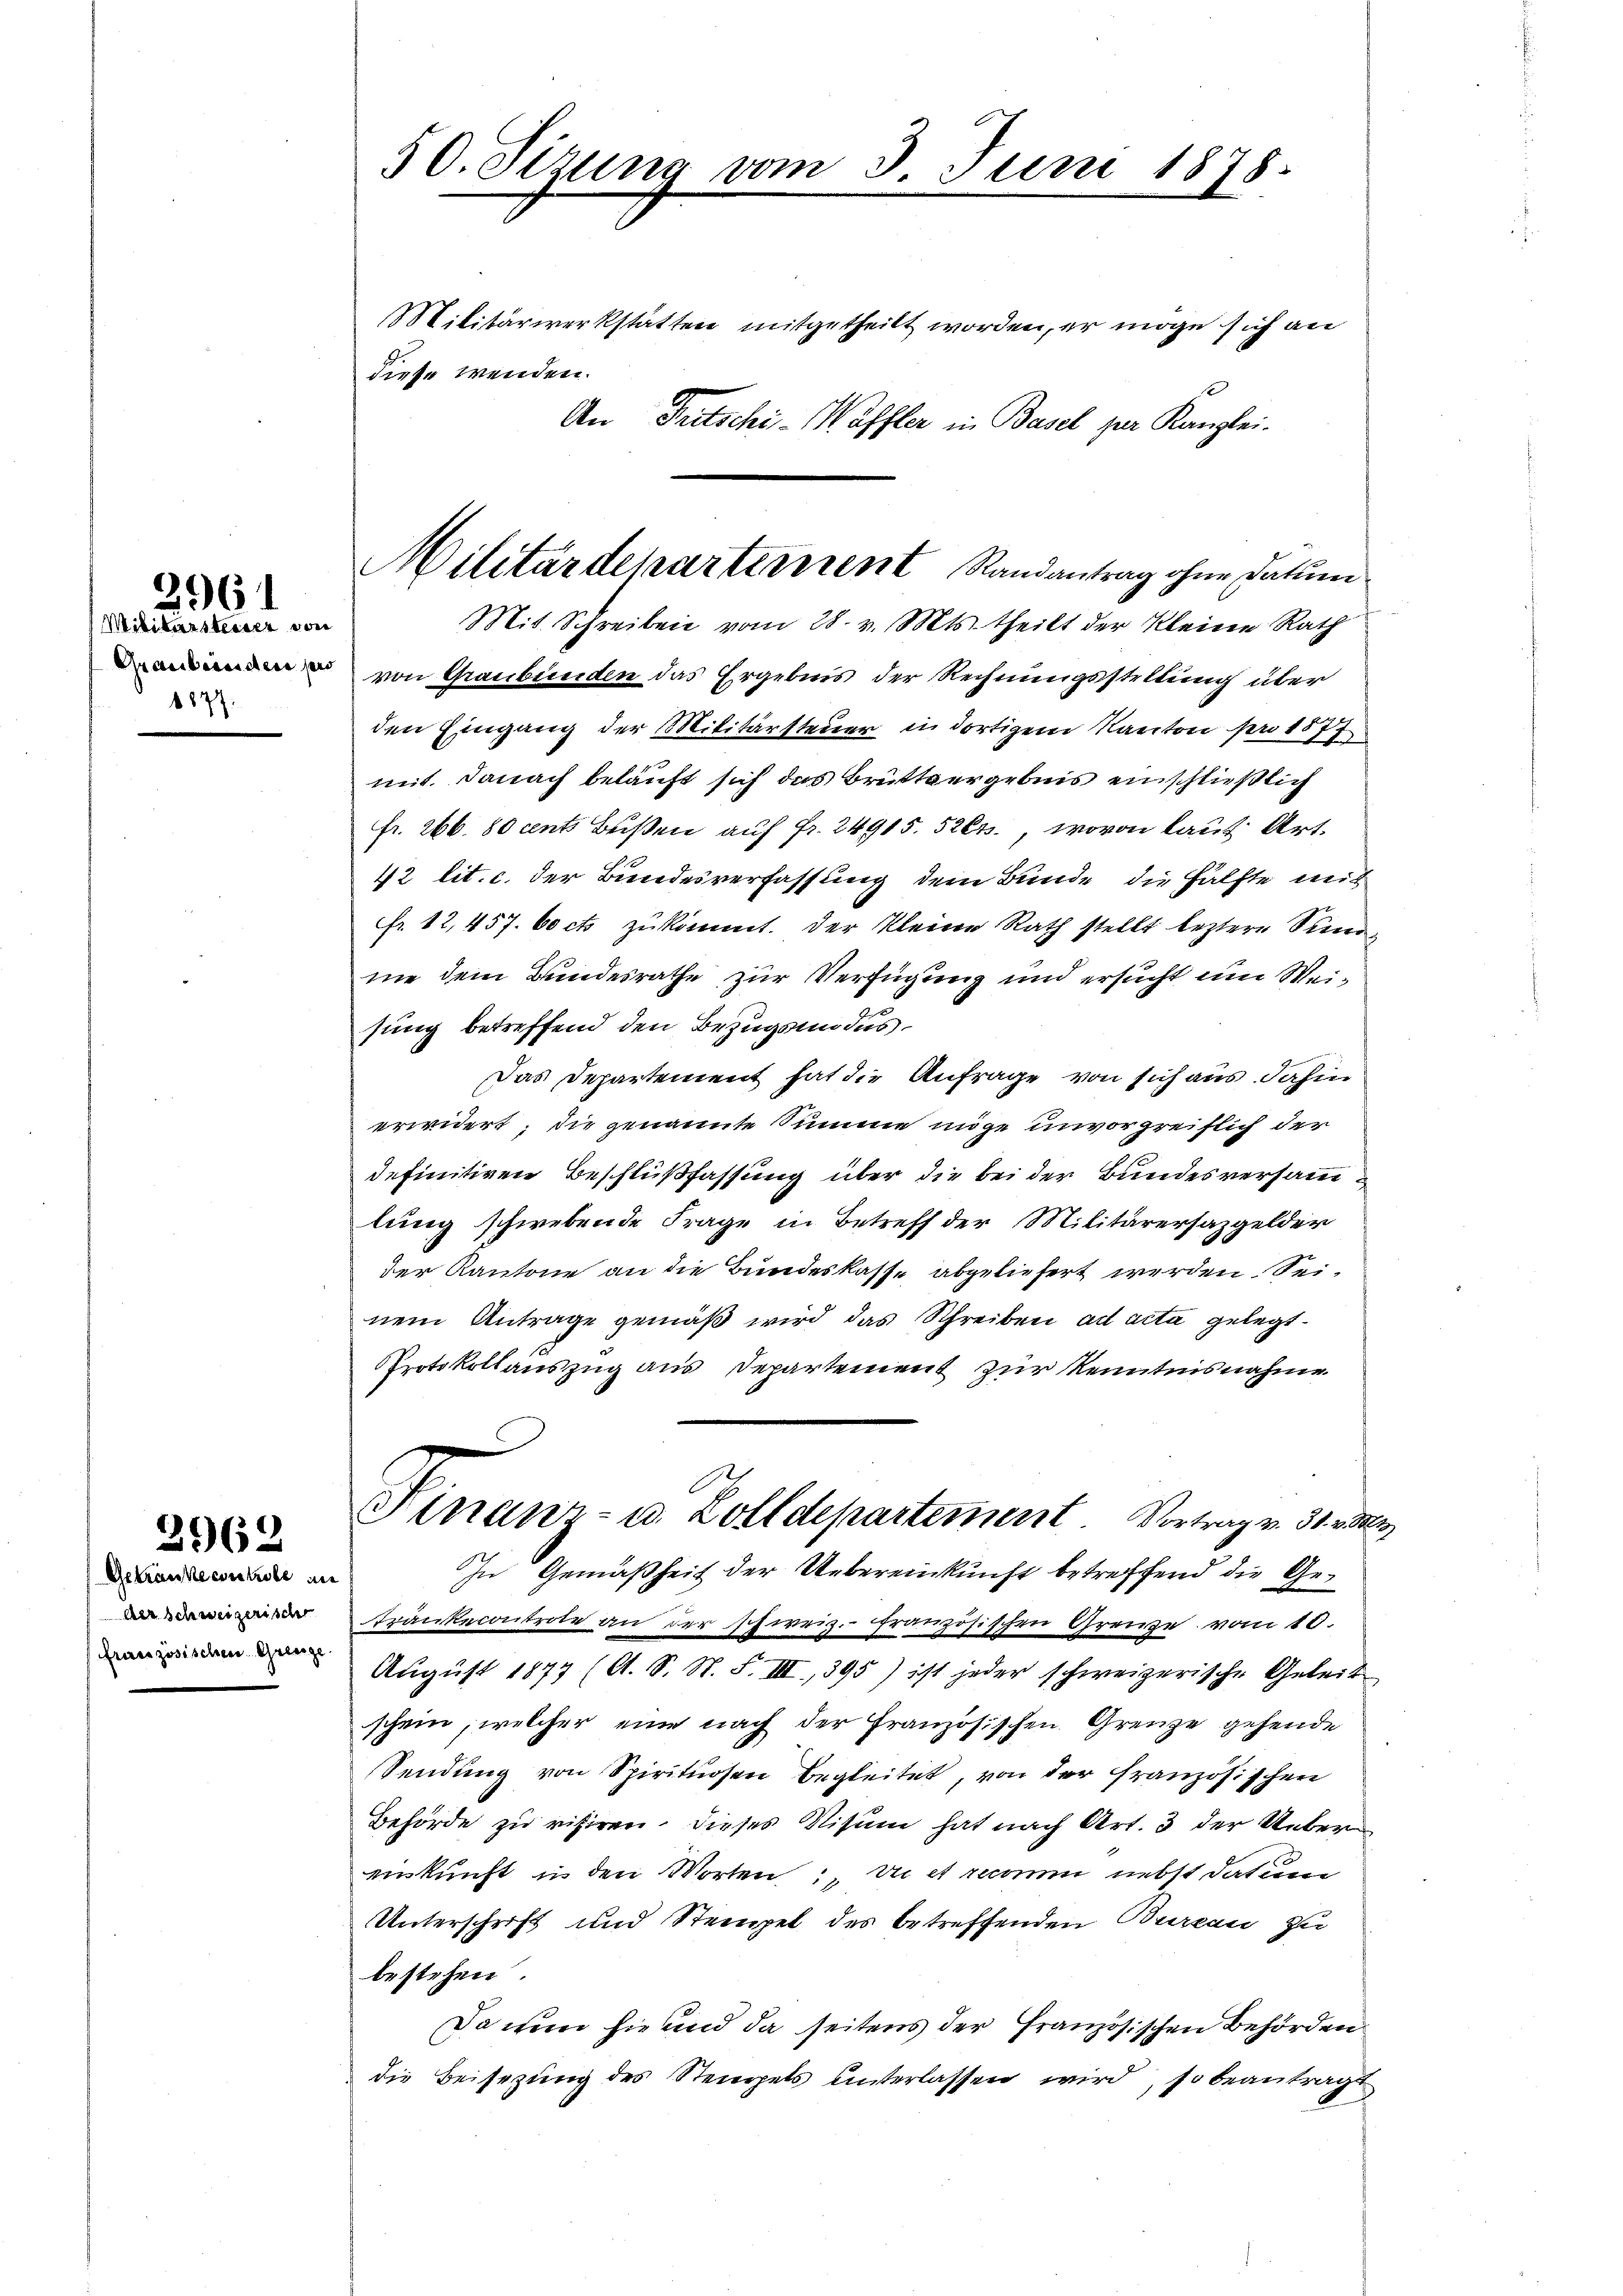
2961

Mibikarsteiner von
Graubereidere per
1877.

2962

Gekranke controbe an
der schweizerische
französischen Grenze

50. Sizung vom 3. Juni 1878.

Militärwerkstatten mitgetheilt worden, er möge sich an
diese wenden.
An Tritschi- Waffler in Basel zur Kanzlei-
von Graubünden das Ergebnis der Rechnungsstellung über
f
den Eingang der Militärsteuer in dortigem Kanton pro 1877.
mit. Danach beläuft sich das Brüttvergebnis einschließlich
fr. 266. 80 ents Bußen auf fr. 24915. 5261, wovon laut Art.
42 lit. c. der Bundesverfassung dem Bunde die Hälfte mit
fr. 12, 457. 60 ct zukommt. Der kleine Rath stellt leztere Sind
me dem Bundesrathe zur Verfügung und ersucht um Weisung betreffend den Bezugsmodus.
Das Departement hat die Anfrage von sich aus dahin
erwidert; die genannte Summe möge unvorgreiflich der
definitiven Beschlußfassung über die bei der Bundesversammlung schwebende Frage in Betreff der Militärersazgelder
der Kantone an die Bundeskasse abgeliefert werden. Seinem Antrage gemäß wird das Schreiben ad acta gelegt
Protokollauszug aus Departement zur Kenntnisnahme
Finanz- u. Zolldepartement Vortrag v. 31. v. M.
In Gemäßheit der Uebereinkunft betreffend die Ge¬
Trankecontrole an der schweiz. französischen Grenze vom 10.
August 1877 (A. S. St. F. III., 395) ist jeder schweizerische Geleit
schein, welcher eine nach der Französischen Grenze gehende
Sendung von Spirituosen begleitet, von der französischen
Behörde zu risiren, dieses Visum hat nach Art. 3 der Ueber
ainkunft in den Worten: Du et rom nebst datum
Unterschrift und Stempel des betreffenden Bureau zu
bestehen.
Da nun sie und da seitens der französischen Behörden
die Beisezung des Stengels unterlassen wird, so beantragt,

Militärdeparterrent Randantrag ohne Datum
Mit Schreiben vom 28. v. Mts. theilt der kleine Rath